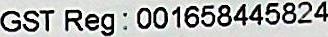
GST REG : 001658445824